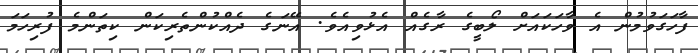
ފާހަގަވުމުން އެ ވާހަކައަށް ލޯބީގެ ރާގެއް އެޅުވިއެވެ. އޭނަގެ ދެއްކުންތެރިކަން ކިތަންމެ ފުރިހަމަ